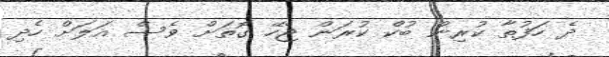
ދެ ހަފުތާ ކުރިން ބުކް ކުރަން ޖެހޭ ގޮތަށް ވެސް އަލަށް ހެދި